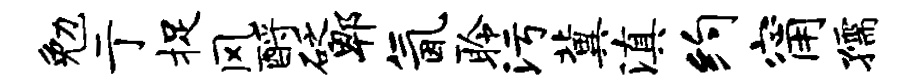
勉亍捉风酹砭郫氤聆污冀滇约甯孺